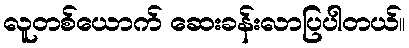
လူတစ်ယောက် ဆေးခန်းလာပြပါတယ်။